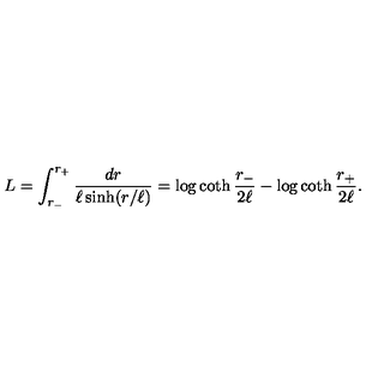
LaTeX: L = \int _ { r _ { - } } ^ { r _ { + } } \frac { d r } { \ell \sinh ( r / \ell ) } = \log \coth { \frac { r _ { - } } { 2 \ell } } - \log \coth { \frac { r _ { + } } { 2 \ell } } .